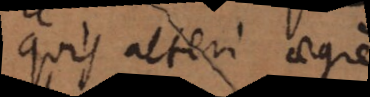
quis alteri aeg